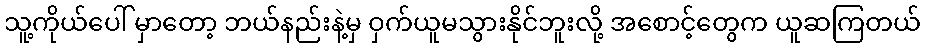
သူ့ကိုယ်ပေါ် မှာတော့ ဘယ်နည်းနဲ့မှ ဝှက်ယူမသွားနိုင်ဘူးလို့ အစောင့်တွေက ယူဆကြတယ်